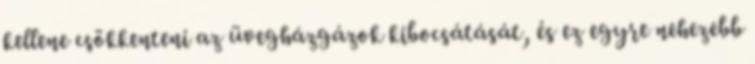
kellene csökkenteni az üvegházgázok kibocsátását, és ez egyre nehezebb